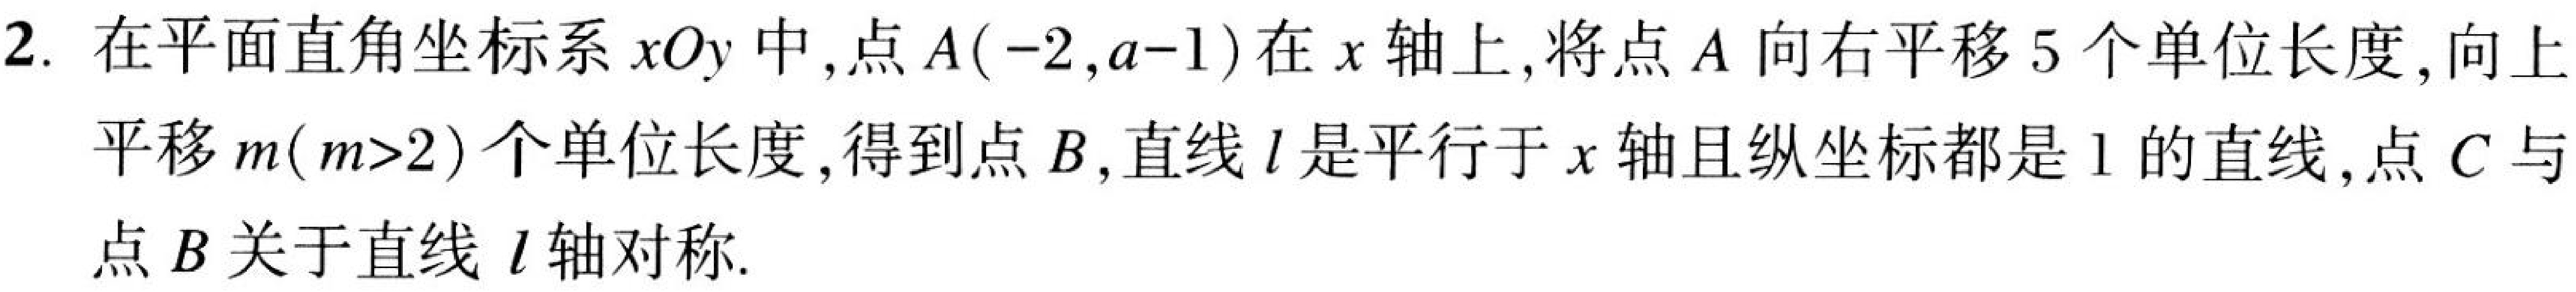
2. 在平面直角坐标系\(xOy\)中，点\(A(-2,a - 1)\)在\(x\)轴上，将点\(A\)向右平移\(5\)个单位长度，向上平移\(m(m > 2)\)个单位长度，得到点\(B\)，直线\(l\)是平行于\(x\)轴且纵坐标都是\(1\)的直线，点\(C\)与点\(B\)关于直线\(l\)轴对称.